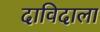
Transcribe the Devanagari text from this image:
दाविदाला